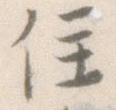
住